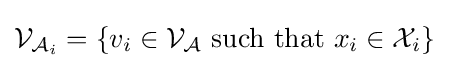
{\mathcal {V}}_{{\mathcal {A}}_{i}}=\{v_{i}\in {\mathcal {V}}_{\mathcal {A}}{\mbox{ such that }}x_{i}\in {\mathcal {X}}_{i}\}